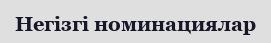
Негізгі номинациялар